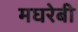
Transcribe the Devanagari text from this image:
मघरेबी